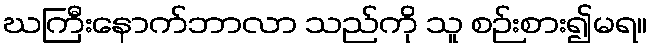
ဃကြီးနောက်ဘာလာ သည်ကို သူ စဉ်းစား၍မရ။